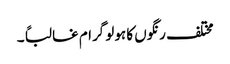
مختلف رنگوں کا ہولو گرام غالباً ۔